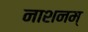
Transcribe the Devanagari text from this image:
नाशनम्‌